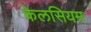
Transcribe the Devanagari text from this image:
केलसियम